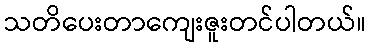
သတိပေးတာကျေးဇူးတင်ပါတယ်။